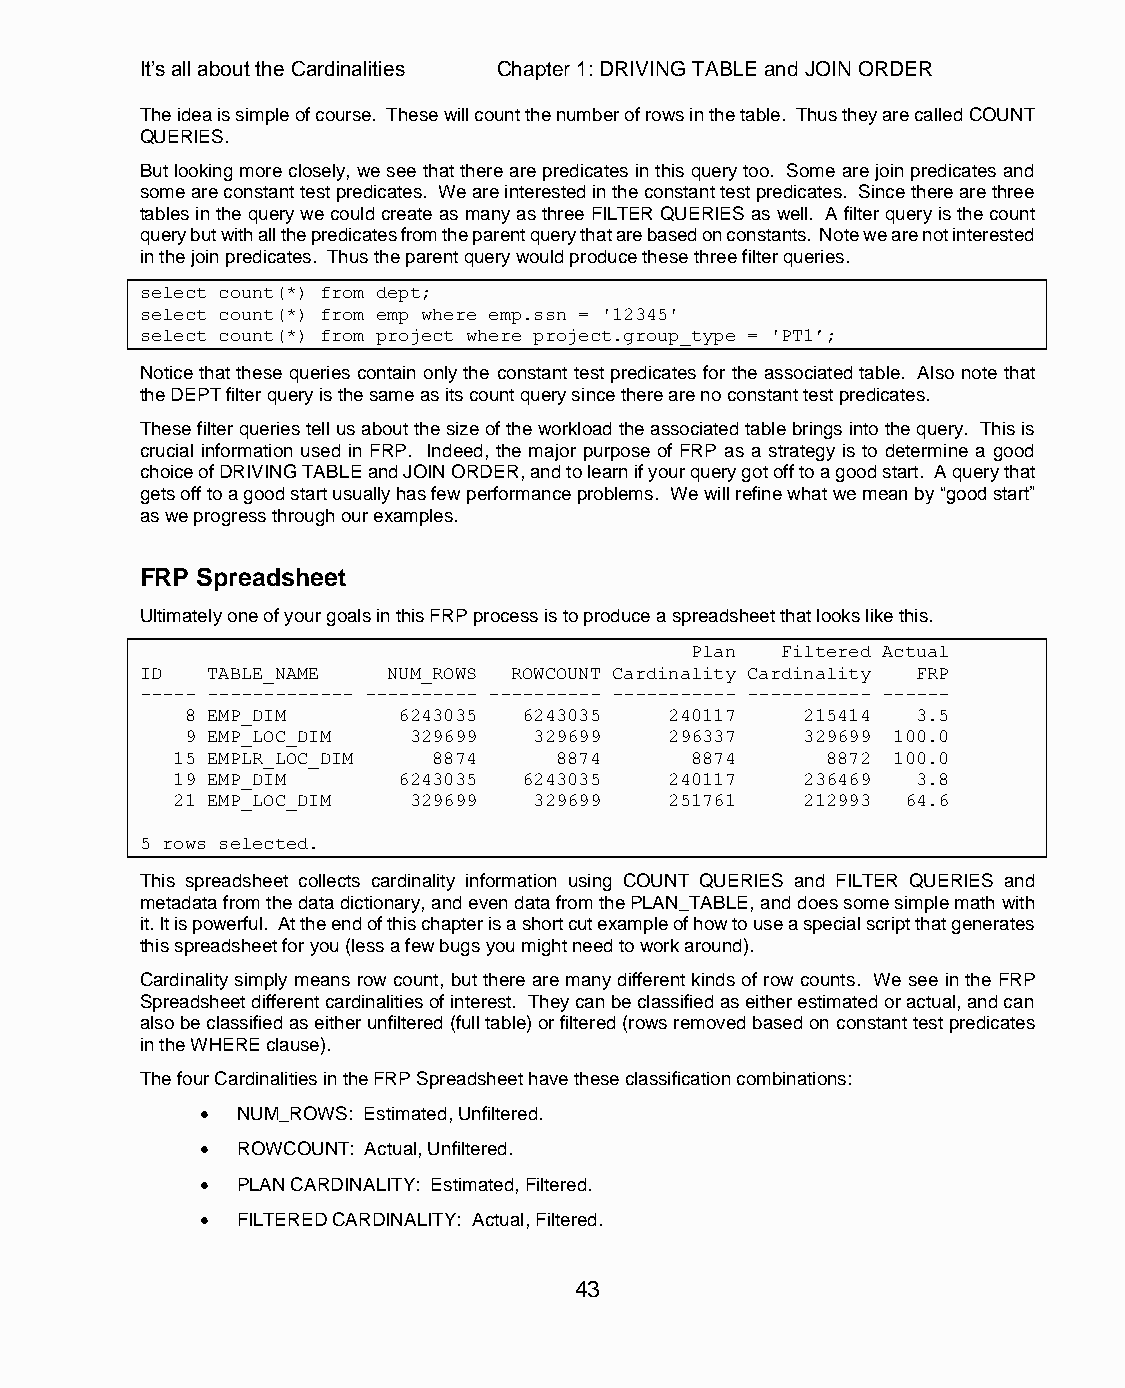
It’s all about the Cardinalities Chapter 1: DRIVING TABLE and JOIN ORDER
 The idea is simple of course. These will count the number of rows in the table. Thus they are called COUNT
 QUERIES.
 But looking more closely, we see that there are predicates in this query too. Some are join predicates and
 some are constant test predicates. We are interested in the constant test predicates. Since there are three
 tables in the query we could create as many as three FILTER QUERIES as well. A filter query is the count
 query but with all the predicates from the parent query that are based on constants. Note we are not interested
 in the join predicates. Thus the parent query would produce these three filter queries.
 select count(*) from dept;
 select count(*) from emp where emp.ssn = '12345'
 select count(*) from project where project.group_type = 'PT1’;
 Notice that these queries contain only the constant test predicates for the associated table. Also note that
 the DEPT filter query is the same as its count query since there are no constant test predicates.
 These filter queries tell us about the size of the workload the associated table brings into the query. This is
 crucial information used in FRP. Indeed, the major purpose of FRP as a strategy is to determine a good
 choice of DRIVING TABLE and JOIN ORDER, and to learn if your query got off to a good start. A query that
 gets off to a good start usually has few performance problems. We will refine what we mean by “good start”
 as we progress through our examples.
 FRP Spreadsheet
 Ultimately one of your goals in this FRP process is to produce a spreadsheet that looks like this.
 Plan  Filtered Actual
 ID   TABLE_NAME  NUM_ROWS ROWCOUNT Cardinality Cardinality FRP
 ----- ------------- ---------- ---------- ----------- ----------- ------
 8 EMP_DIM     6243035  6243035  240117   215414  3.5
 9 EMP_LOC_DIM  329699  329699   296337   329699 100.0
 15 EMPLR_LOC_DIM  8874    8874     8874     8872 100.0
 19 EMP_DIM     6243035  6243035  240117   236469  3.8
 21 EMP_LOC_DIM  329699  329699   251761   212993 64.6
 5 rows selected.
 This spreadsheet collects cardinality information using COUNT QUERIES and FILTER QUERIES and
 metadata from the data dictionary, and even data from the PLAN_TABLE, and does some simple math with
 it. It is powerful. At the end of this chapter is a short cut example of how to use a special script that generates
 this spreadsheet for you (less a few bugs you might need to work around).
 Cardinality simply means row count, but there are many different kinds of row counts. We see in the FRP
 Spreadsheet different cardinalities of interest. They can be classified as either estimated or actual, and can
 also be classified as either unfiltered (full table) or filtered (rows removed based on constant test predicates
 in the WHERE clause).
 The four Cardinalities in the FRP Spreadsheet have these classification combinations:
   NUM_ROWS: Estimated, Unfiltered.
   ROWCOUNT: Actual, Unfiltered.
   PLAN CARDINALITY: Estimated, Filtered.
   FILTERED CARDINALITY: Actual, Filtered.
 43